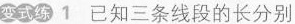
变式练 1 已知三条线段的长分别